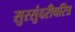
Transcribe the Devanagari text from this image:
सुरसुंदरीचरित्र